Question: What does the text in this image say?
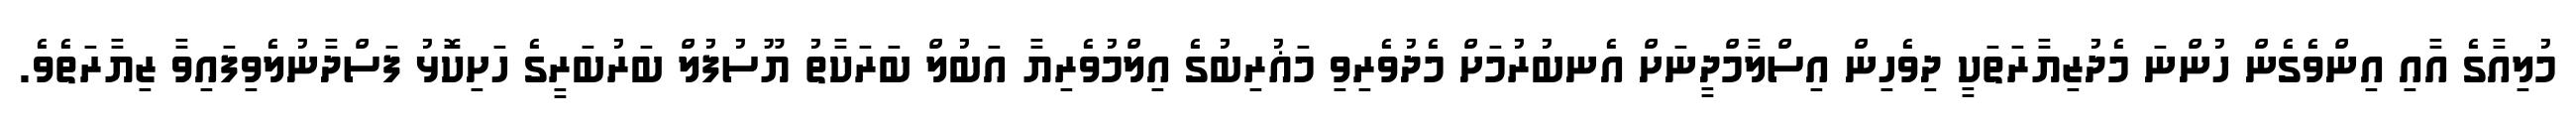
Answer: މުލިއާގެ އާއި އިންވެގެން ހުންނަ މެދުޒިޔާރަތަކީ ދިވެހިން އިސްލާމްދީނަށް އެނބުރުމަށް މެދުވެރިވި މަޣުރިބުގެ އިލްމުވެރިޔާ އަބުލް ބަރަކާތު ޔޫސުފުލް ބަރުބަރީގެ ހަށިކޮޅު ފަސްދާނުލެވިފައިވާ ޒިޔާރަތެވެ.